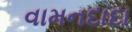
વામનદાદા